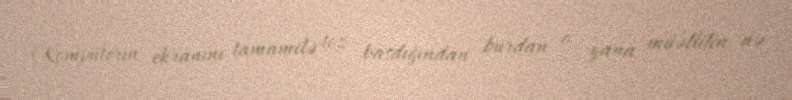
(Kompüterin ekranını tamamilə toz basdığından burdan o yana müəllifin nə